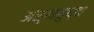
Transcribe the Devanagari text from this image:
असुनसुध्दा